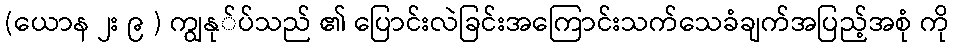
(ယောန ၂း ၉ ) ကျွနု်ပ်သည် ၏ ပြောင်းလဲခြင်းအကြောင်းသက်သေခံချက်အပြည့်အစုံ ကို